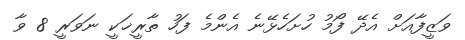
ވަޒީފާއަށް އެދޭ ފޯމު ހުށަހެޅޭނެ އެންމެ ފަހު ތާރީޚަކީ ނަވަރީ 8 ވާ